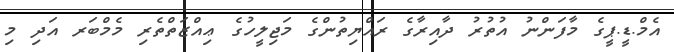
އެމް.ޑީ.ޕީގެ މާފަންނު އުތުރު ދާއިރާގެ ރައްޔިތުންގެ މަޖިލީހުގެ ޢިއްޒަތްތެރި މެމްބަރ އަދި މި